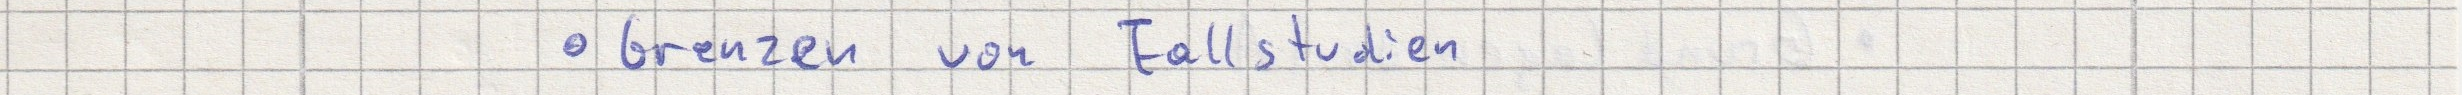
- Grenzen von Fallstudien